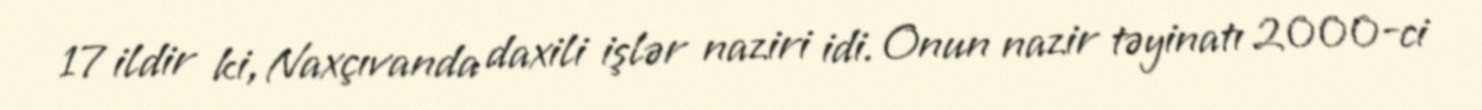
17 ildir ki, Naxçıvanda daxili işlər naziri idi. Onun nazir təyinatı 2000-ci